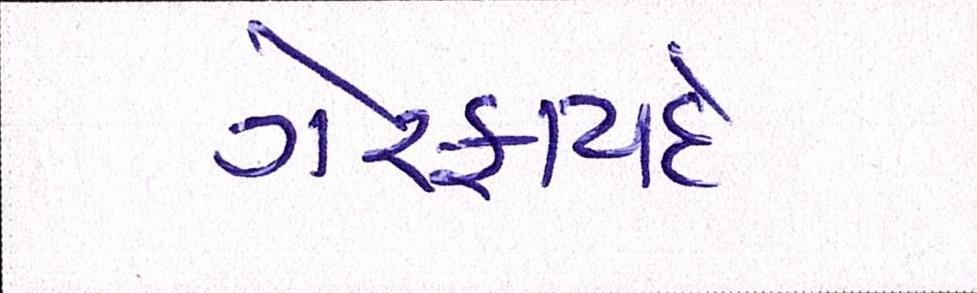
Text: ગેરકાયદે